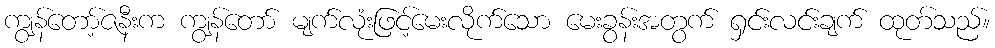
ကျွန်တော့်ဇနီးက ကျွန်တော် မျက်လုံးဖြင့်မေးလိုက်သော မေးခွန်းအတွက် ရှင်းလင်းချက် ထုတ်သည်။